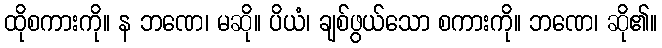
ထိုစကားကို။ န ဘဏေ၊ မဆို။ ပိယံ၊ ချစ်ဖွယ်သော စကားကို။ ဘဏေ၊ ဆို၏။